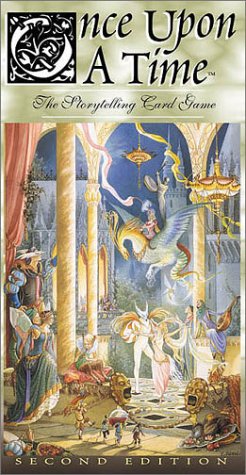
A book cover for Once Upon A Time; Humor & Entertainment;